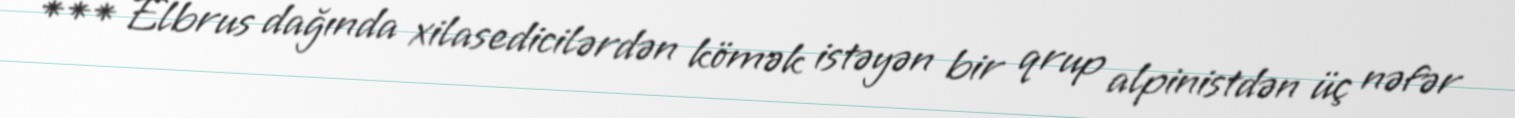
*** Elbrus dağında xilasedicilərdən kömək istəyən bir qrup alpinistdən üç nəfər